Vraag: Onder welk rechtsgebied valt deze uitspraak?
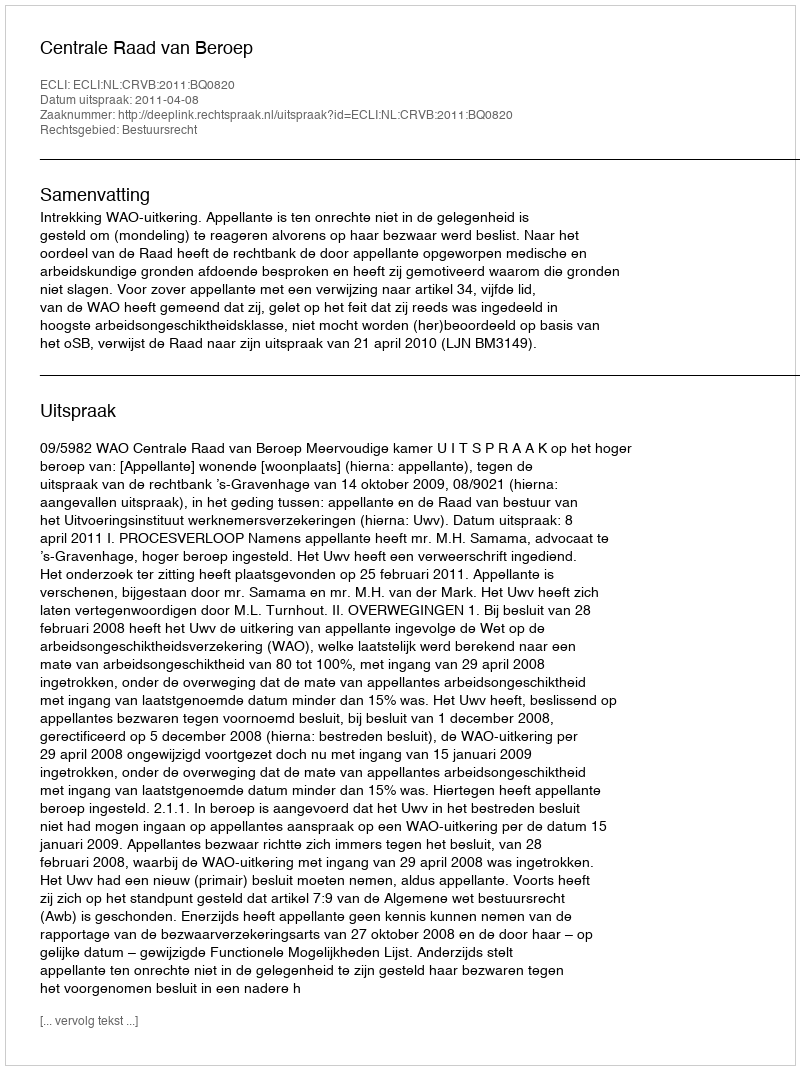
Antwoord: Bestuursrecht